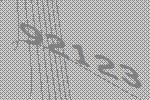
92123